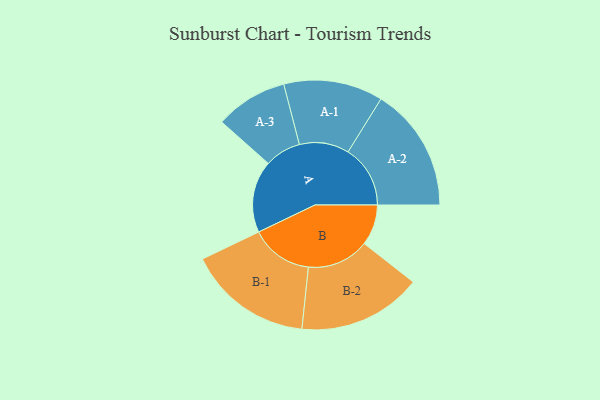
{"axis": {"x": "Segment", "y": "Value"}, "legend": ["", "A", "B"], "data": [{"x": "A", "y": 332, "type": ""}, {"x": "B", "y": 188, "type": ""}, {"x": "A-1", "y": 229, "type": "A"}, {"x": "A-2", "y": 287, "type": "A"}, {"x": "A-3", "y": 167, "type": "A"}, {"x": "B-1", "y": 288, "type": "B"}, {"x": "B-2", "y": 286, "type": "B"}]}